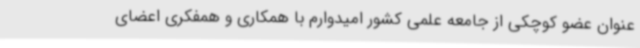
عنوان عضو کوچکی از جامعه علمی کشور امیدوارم با همکاری و همفکری اعضای